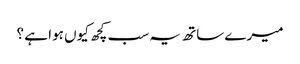
میرے ساتھ یہ سب کچھ کیوں ہوا ہے ؟